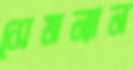
সেমন্যান